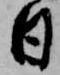
日